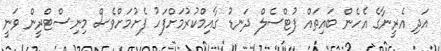
އަދި އެރީނާގެ އެހެން ބައިތައް ފުޓްސެލް ދަނޑު ގާއިމްކުރުމަށްފަހު ފެށުމަށްވެސް މިނިސްޓްރީން ވަނީ